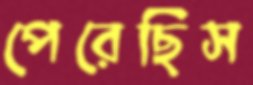
পেরেছিস